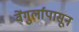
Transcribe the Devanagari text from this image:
वेंगुर्लापासून